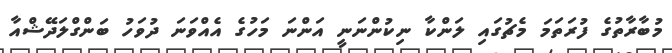
މުބާރާތުގެ ފުރަތަމަ މެޗުގައި ލަންކާ ނިކުންނަނީ އަންނަ މަހުގެ އެއްވަނަ ދުވަހު ބަންގްލަދޭޝްއާ